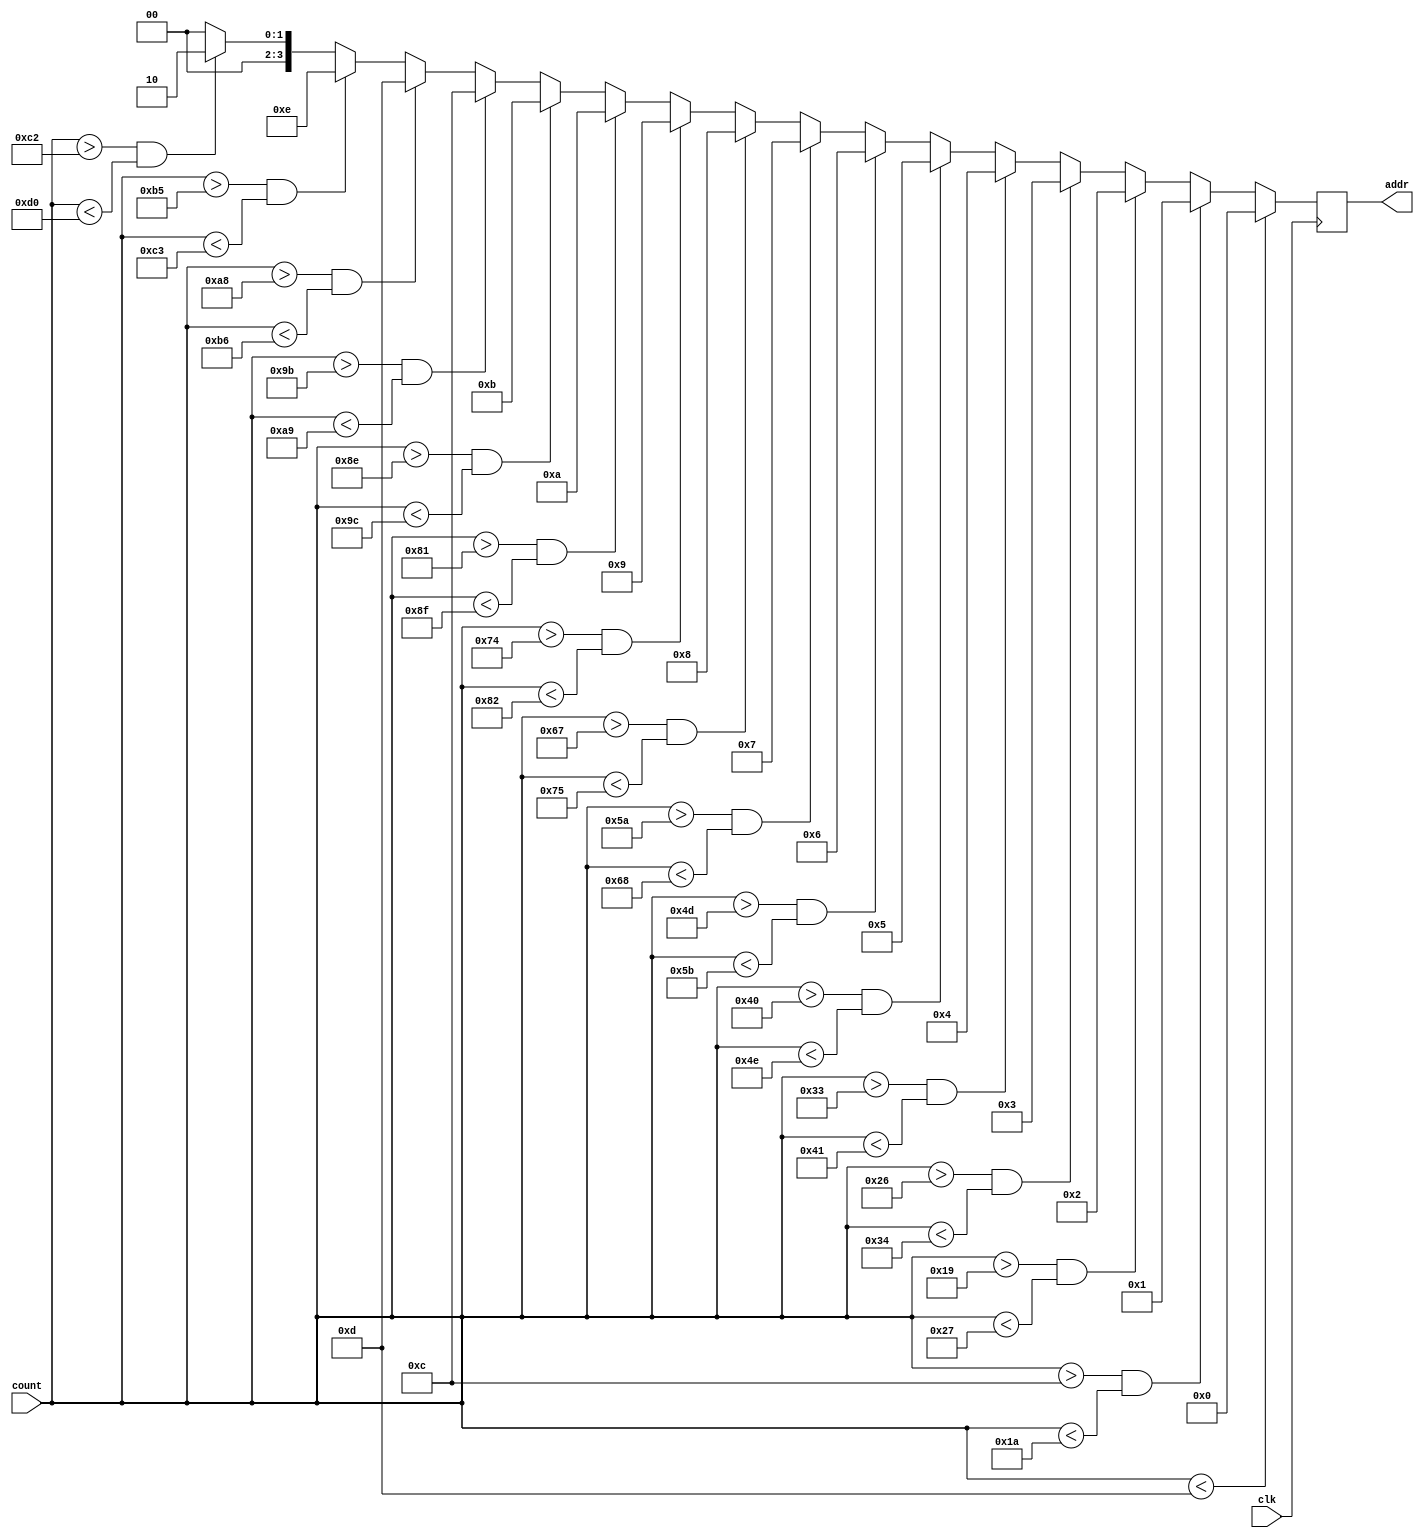
module addr( 
	input wire clk,
	input wire [9:0] count,
	output reg [3:0] addr
    );

	always @(posedge clk) begin
		if (count < 13) addr <= 4'b0000;
		else if ((count > 12) && (count < 26)) addr <= 4'b0001;
		else if ((count > 25) && (count < 39)) addr <= 4'b0010;
		else if ((count > 38) && (count < 52)) addr <= 4'b0011;
		else if ((count > 51) && (count < 65)) addr <= 4'b0100;
		else if ((count > 64) && (count < 78)) addr <= 4'b0101;
		else if ((count > 77) && (count < 91)) addr <= 4'b0110;
		else if ((count > 90) && (count < 104)) addr <= 4'b0111;
		else if ((count > 103) && (count < 117)) addr <= 4'b1000;
		else if ((count > 116) && (count < 130)) addr <= 4'b1001;
		else if ((count > 129) && (count < 143)) addr <= 4'b1010;
		else if ((count > 142) && (count < 156)) addr <= 4'b1011;
		else if ((count > 155) && (count < 169)) addr <= 4'b1100;
		else if ((count > 168) && (count < 182)) addr <= 4'b1101;
		else if ((count > 181) && (count < 195)) addr <= 4'b1110;
		else if ((count > 194) && (count < 208)) addr <= 4'b0010;
		else addr <= 4'b0000;
	end



/*	always @(posedge clk) begin
		if (count < 11) addr <= 4'b0000;
		else if ((count > 10) && (count < 22)) addr <= 4'b0001;
		else if ((count > 21) && (count < 33)) addr <= 4'b0010;
		else if ((count > 32) && (count < 44)) addr <= 4'b0011;
		else if ((count > 43) && (count < 55)) addr <= 4'b0100;
		else if ((count > 54) && (count < 66)) addr <= 4'b0101;
		else if ((count > 65) && (count < 77)) addr <= 4'b0110;
		else if ((count > 76) && (count < 88)) addr <= 4'b0111;
		else if ((count > 87) && (count < 99)) addr <= 4'b1000;
		else if ((count > 98) && (count < 110)) addr <= 4'b1001;
		else if ((count > 109) && (count < 121)) addr <= 4'b1010;
		else if ((count > 120) && (count < 132)) addr <= 4'b1011;
		else if ((count > 131) && (count < 143)) addr <= 4'b1100;
		else if ((count > 142) && (count < 154)) addr <= 4'b1101;
		else if ((count > 153) && (count < 165)) addr <= 4'b1110;
		else if ((count > 164) && (count < 176)) addr <= 4'b0010;
		else addr <= 4'b0000;
	end*/

endmodule